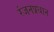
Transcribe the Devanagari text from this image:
रंजनप्रधान